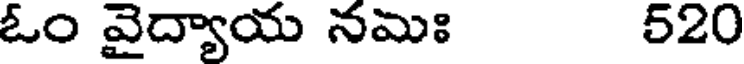
ఓం వైద్యాయ నమిః 520